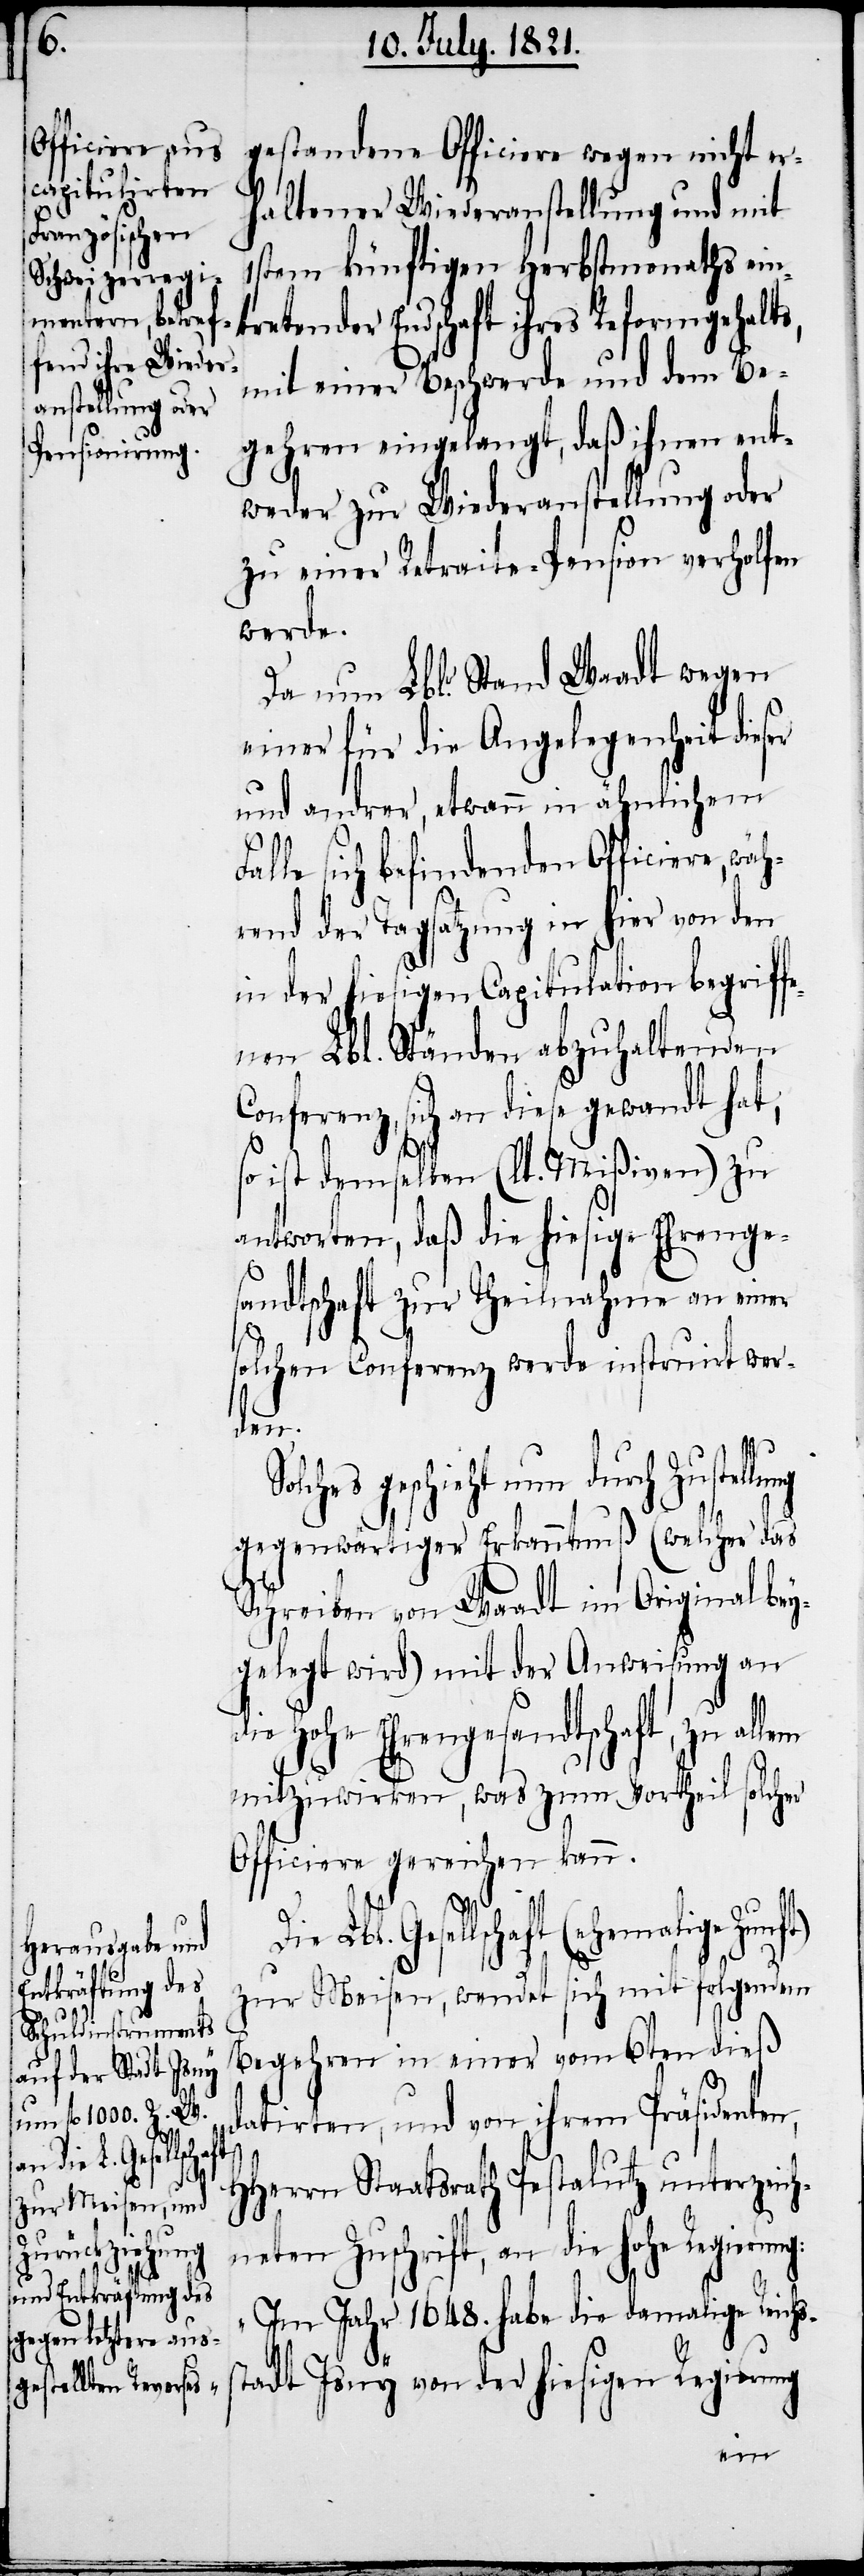
st¬

gestandene Officiere wegen nicht er¬
haltener Wiederanstellung und mit
1stem künftigen Herbstmonaths ein¬
der Endschaft ihres Reformgehalts,
mit einer Beschwerde und dem Be¬
gehren eingelangt, daß ihnen ent¬
weder zur Wiederanstellung oder
zu einer Retraite-Pension verholfen
werde.
Da nun Lblr. Stand Waadt wegen
einer für die Angelegenheit dieser
und andrer, etwann in ähnlichem
alle sich befindenden Officiere, wäh¬
rend der Tagsatzung in hier von den
in der hiesigen Capitulation begriff¬
enen Lbl. Ständen abzuhaltenden
Conferenz, sich an diese gewandt hat,
so ist demselben (lt. Mißiven) zu
antworten, daß die hiesige Ehrenge¬
sandtschaft zur Theilnahme an einer
solchen Conferenz werde instruirt wer¬
lem
geschieht nun durch Zustel¬
gegenwärtiger Erkanntnuß (welcher das
Schreiben von Waadt im Original bey¬
gelegt wird) mit der Anweisung an
die hohe Ehrengesandtschaft, zu al¬
mitzuwirken, was zum Vortheil solcher
Officiere gereichen kann.
F¬
Gesellschaft (ehemalige Zunf¬
zur Meisen, wendet sich mit folgendem
Begehren in einer vom 6ten dieß
t)
datirten, und von ihrem Präsidenten,
HHerrn Staatsrath Pestalutz unterzeich¬
neten Zuschrift, an die hohe Regieru¬
„Im Jahr 1648. habe die damalige Reichs¬
adt Isny von der hiesigen Regierung